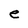
Character: e